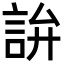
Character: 𬢢